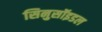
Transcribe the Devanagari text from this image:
सिनुसॉइडल